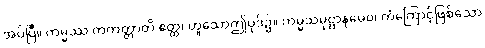
အပ်ပြီ။ ကမ္မဿ ကတတ္တာတိ ဧတ္ထ၊ ဟူသောဤပုဒ်၌။ ကမ္မသမုဋ္ဌာနမေဝ၊ ကံကြောင့်ဖြစ်သော